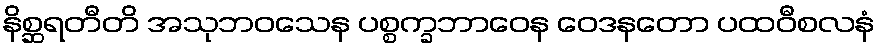
နိစ္ဆရတီတိ အသုဘဝသေန ပစ္စက္ခဘာဝေန ဝေဒနတော ပထဝီစလနံ